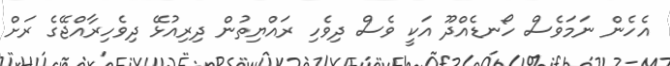
އެހެން ނަމަވެސް ހޯނޑެއްދޫ އަކީ ވެސް ދިވެހި ރައްޔިތުން ދިރިއުޅޭ ދިވެހިރާއްޖޭގެ ރަށް